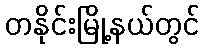
တနိုင်းမြို့နယ်တွင်